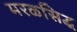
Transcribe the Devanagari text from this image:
मरळसिद्ध